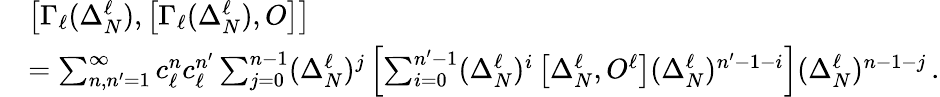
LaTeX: \begin{array}{rl}&{\left[\Gamma_{\ell}(\Delta_{N}^{\ell}),\left[\Gamma_{\ell}(\Delta_{N}^{\ell}),O\right]\right]}\\ &{=\sum_{n,n^{\prime}=1}^{\infty}c_{\ell}^{n}c_{\ell}^{n^{\prime}}\sum_{j=0}^{n-1}(\Delta_{N}^{\ell})^{j}\left[\sum_{i=0}^{n^{\prime}-1}(\Delta_{N}^{\ell})^{i}\left[\Delta_{N}^{\ell},O^{\ell}\right](\Delta_{N}^{\ell})^{n^{\prime}-1-i}\right](\Delta_{N}^{\ell})^{n-1-j}\, .}\end{array}